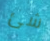
شئ